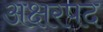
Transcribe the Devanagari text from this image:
अक्षरपद